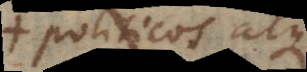
politicos atque